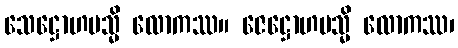
သေဋ္ဌောဟမသ္မိ လောကဿ။ ဇေဋ္ဌောဟမသ္မိ လောကဿ၊